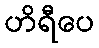
ဟိရီပေ